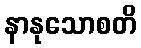
နာနုသောစတိ